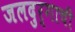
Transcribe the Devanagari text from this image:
जलदुर्गाची